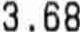
3.68